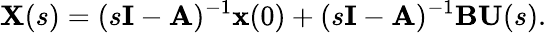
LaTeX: \mathbf{X}(s)=(s\mathbf{I}-\mathbf{A})^{-1}\mathbf{x}(0)+(s\mathbf{I}-\mathbf{A})^{-1}\mathbf{B}\mathbf{U}(s).